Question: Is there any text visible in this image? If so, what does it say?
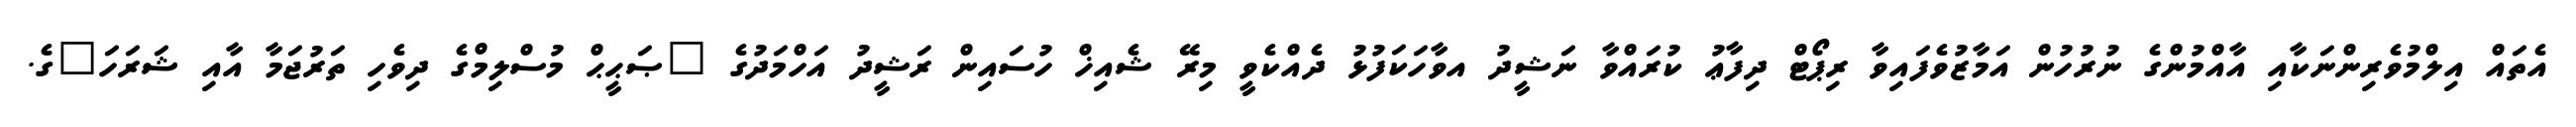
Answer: އެތައް އިލްމުވެރިންނަކާއި އާއްމުންގެ ނުރުހުން އަމާޒުވެފައިވާ ރިޕޯޓް ދިފާޢު ކުރައްވާ ނަޝީދު އވާހަކަފުޅު ދެއްކެވީ މިރޭ ޝެއިޚް ހުސައިން ރަޝީދު އަހްމަދުގެ "ޞަޙީޙް މުސްލިމްގެ ދިވެހި ތަރުޖަމާ އާއި ޝަރަހަ"ގެ.